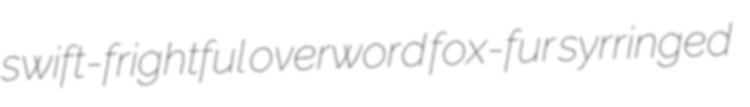
swift-frightful overword fox-fur syrringed